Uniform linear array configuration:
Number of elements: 12
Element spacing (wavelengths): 1
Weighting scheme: hann
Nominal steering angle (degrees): -30
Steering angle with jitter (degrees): -29.097
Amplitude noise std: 0.05
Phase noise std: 0.05

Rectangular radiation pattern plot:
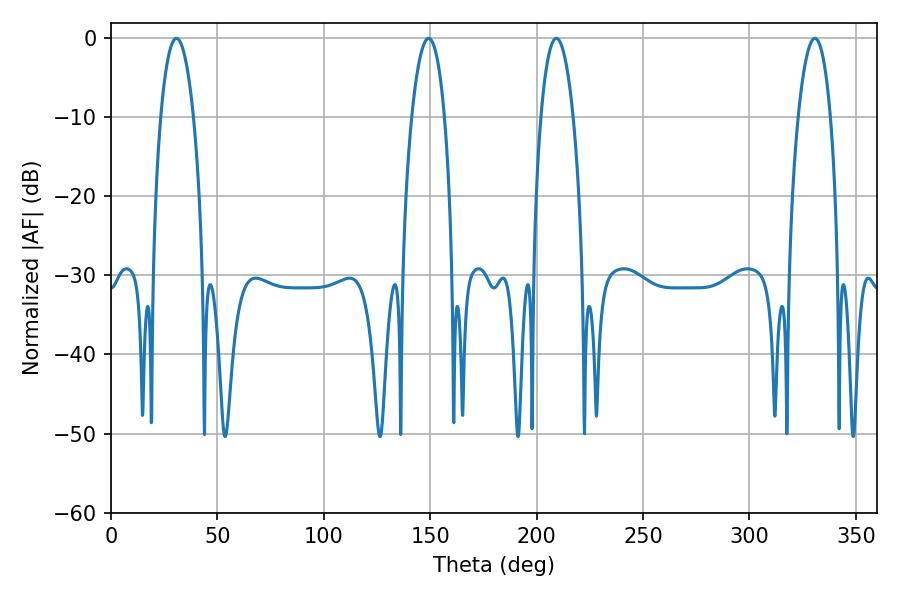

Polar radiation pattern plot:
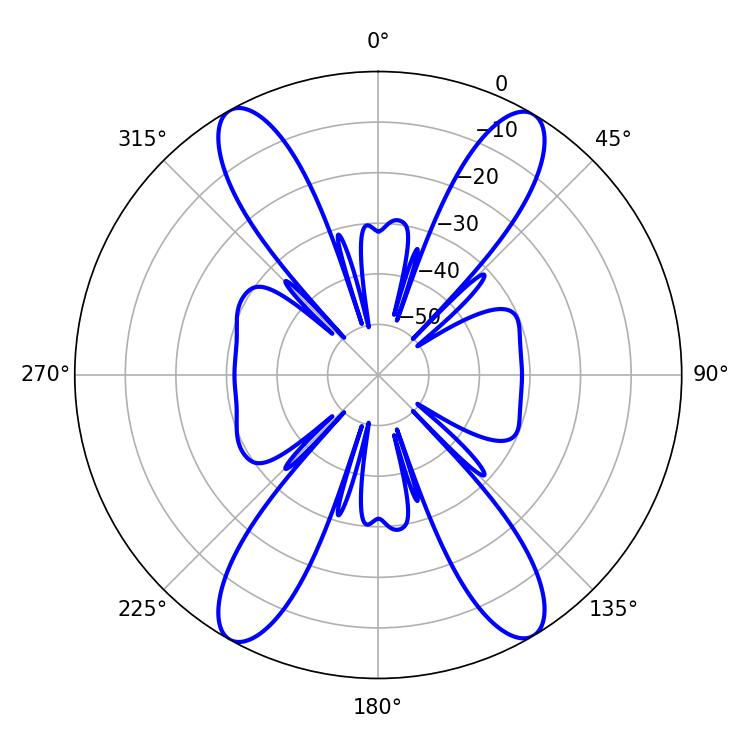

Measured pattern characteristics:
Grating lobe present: TRUE
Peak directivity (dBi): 23.377
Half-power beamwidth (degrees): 8.64
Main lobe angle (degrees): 30.78